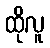
ထိုလူ